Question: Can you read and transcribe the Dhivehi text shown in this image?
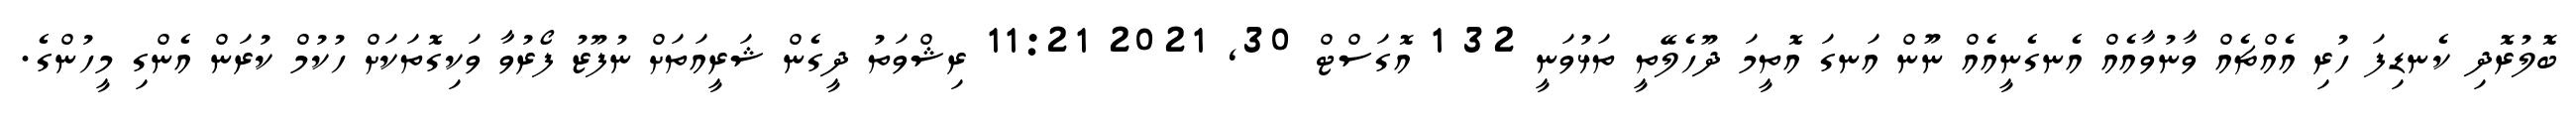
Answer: ބޮލުރޮދި ކެނޑިފަ ހުރި އެއްޗެއް ވާނުވާއެއް އެނގެނީއެއް ނޫން އަނގަ އޮތީމަ ދޫހެލޭތީ ތަޅުވަނީ 32 1 އޮގަސްޓް 30, 2021 11:21 ރިޝްވަތު ދީގެން ޝަރީއަތަށް ނުފޫޒު ފޯރުވާ ވަކިގޮތަކަށް ހުކުމް ކުރަން އެންގި މީހުންގެ.